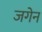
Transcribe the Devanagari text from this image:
जगेन